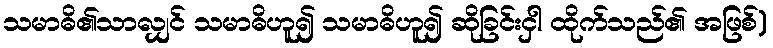
သမာဓိ၏သာလျှင် သမာဓိဟူ၍ သမာဓိဟူ၍ ဆိုခြင်းငှါ ထိုက်သည်၏ အဖြစ်)